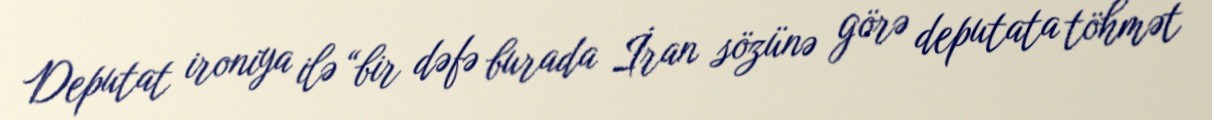
Deputat ironiya ilə “bir dəfə burada İran sözünə görə deputata töhmət